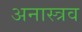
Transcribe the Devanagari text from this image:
अनास्त्रव